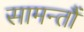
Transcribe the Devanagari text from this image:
सामन्तौं